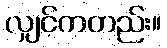
လျှင်ကတည်း။